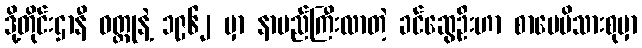
ဒို့တိုင်းဌာနီ ဝတ္ထုနဲ့ ၁၉၆၂ မှာ နာမည်ကြီးလာတဲ့ ခင်ဆွေဦးဟာ စာပေမိသားစုမှာ